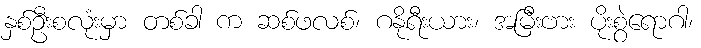
နှစ်ဦးစလုံးမှာ တစ်ခါ က ဆစ်ဖလစ်၊ ဂနိုရီးယား၊ အမြီးဗား ပိုးစွဲရောဂါ၊